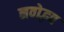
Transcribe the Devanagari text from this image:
नवोद्भव